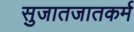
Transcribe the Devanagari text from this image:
सुजातजातकर्म